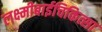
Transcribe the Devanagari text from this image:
लक्ष्मीबाईचिकित्सा